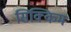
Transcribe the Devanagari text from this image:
सिक्‍िकम